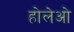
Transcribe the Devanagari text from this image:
होलेओ